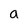
Character: a